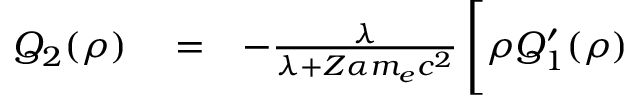
\begin{array} { r l r } { Q _ { 2 } ( \rho ) } & { { } = } & { - \frac { \lambda } { \lambda + Z \alpha m _ { e } c ^ { 2 } } \, \Bigg [ \rho Q _ { 1 } ^ { \prime } ( \rho ) } \end{array}